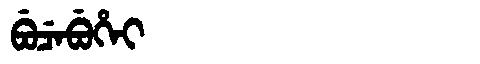
Manchu: ᠪᡠᠴᡝᠪᡠᡥᡝᡳ
Romanization: BUCEBUHEI